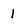
Character: 1